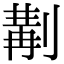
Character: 𠞣